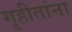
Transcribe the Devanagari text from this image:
गृहीतांना